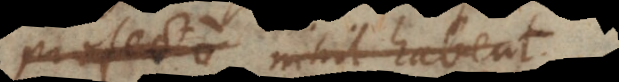
profecto nihil habent